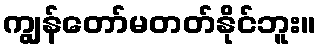
ကျွန်တော်မတတ်နိုင်ဘူး။